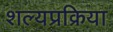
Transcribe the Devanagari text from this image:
शल्यप्रक्रिया